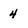
Character: 4